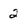
Character: 2